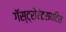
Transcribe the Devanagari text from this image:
गॅस्ट्रोएंटरायटिस